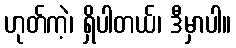
ဟုတ်ကဲ့၊ ရှိပါတယ်၊ ဒီမှာပါ။